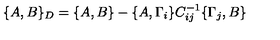
\{ A , B \} _ { D } = \{ A , B \} - \{ A , \Gamma _ { i } \} C _ { i j } ^ { - 1 } \{ \Gamma _ { j } , B \}